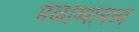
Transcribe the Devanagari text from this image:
मेळाव्यामध्ये